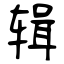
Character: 辑